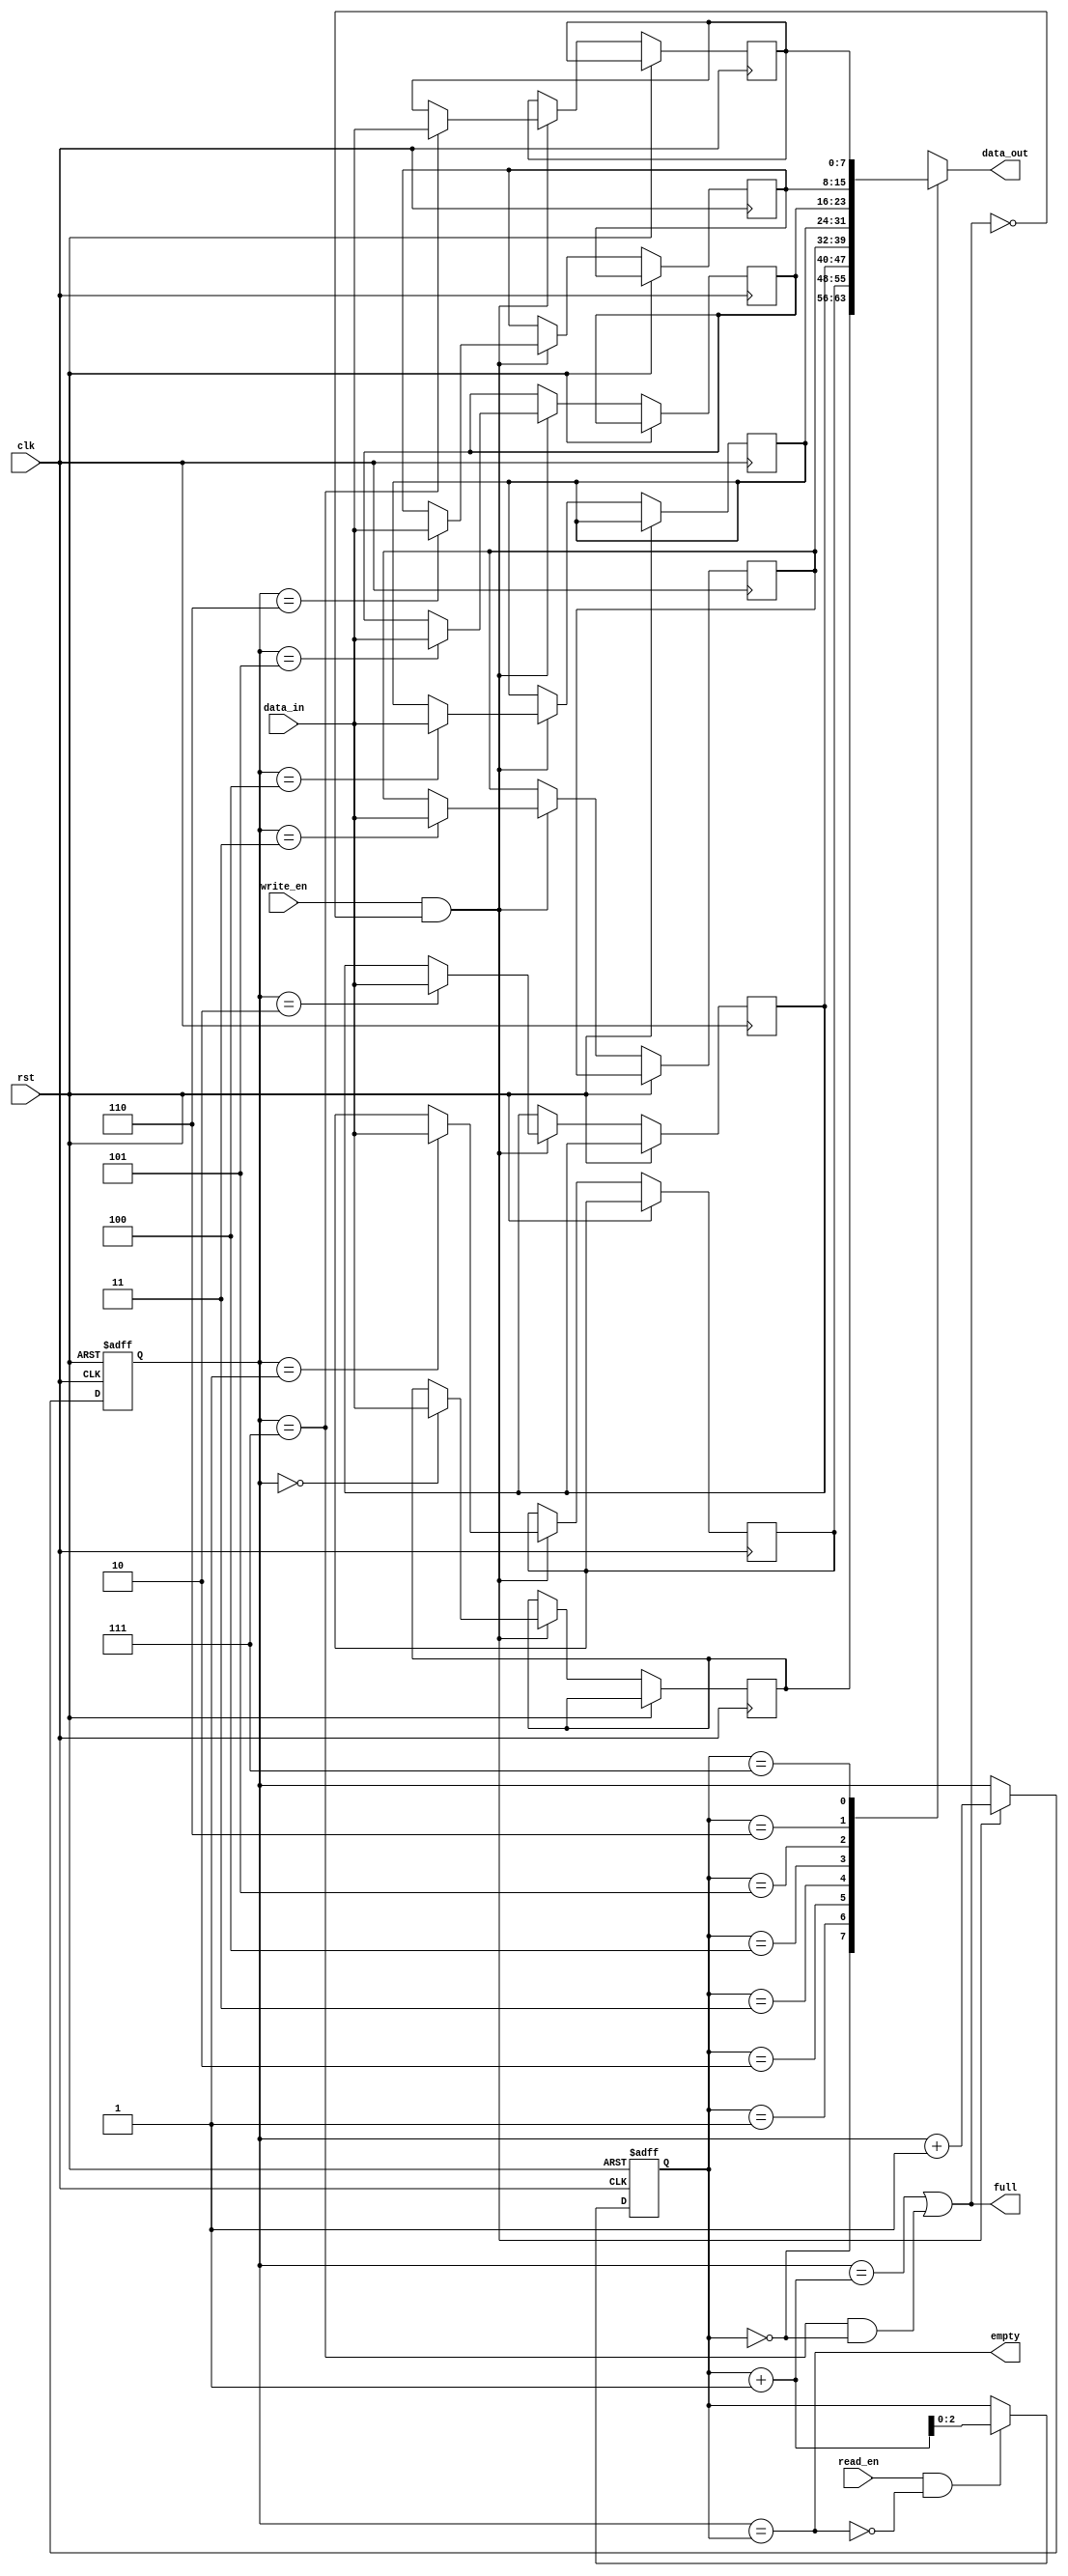
module fifo(
    input wire clk,
    input wire rst,
    input wire write_en,
    input wire read_en,
    input wire [7:0] data_in,
    output wire [7:0] data_out,
    output wire empty,
    output wire full
);

parameter DEPTH = 8;
reg [7:0] memory [0:DEPTH-1];
reg [2:0] write_ptr = 3'b000;
reg [2:0] read_ptr = 3'b000;
reg [2:0] next_write_ptr;
reg [2:0] next_read_ptr;

assign data_out = memory[read_ptr];
assign empty = (write_ptr == read_ptr);
assign full = ((write_ptr == read_ptr + 1) || ((write_ptr == 3'b111) && (read_ptr == 3'b000)));

always @ (posedge clk or posedge rst)
begin
    if(rst)
    begin
        write_ptr <= 3'b000;
        read_ptr <= 3'b000;
    end
    else
    begin
        next_write_ptr = write_ptr;
        next_read_ptr = read_ptr;

        if(write_en && !full)
        begin
            memory[write_ptr] <= data_in;
            next_write_ptr = write_ptr + 1;
        end

        if(read_en && !empty)
        begin
            next_read_ptr = read_ptr + 1;
        end

        write_ptr <= next_write_ptr;
        read_ptr <= next_read_ptr;
    end
end

endmodule